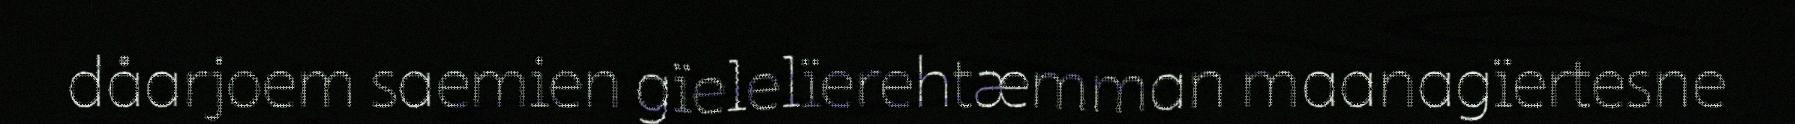
dåarjoem saemien gïelelïerehtæmman maanagïertesne